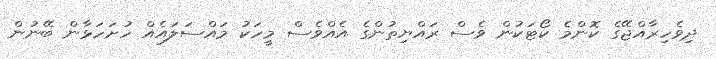
ދިވެހިރާއްޖޭގެ ކޮންމެ ކޯޓަކުން ވެސް ރައްޔިތުންގެ އެއްވެސް މީހަކު މައްސަލައެއް ހުށަހަޅާން ބޭނުން